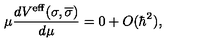
\mu \frac { d V ^ { \mathrm { e f f } } ( \sigma , \overline { { \sigma } } ) } { d \mu } = 0 + O ( \hbar ^ { 2 } ) ,